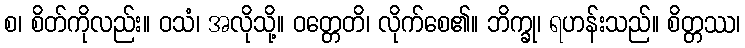
စ၊ စိတ်ကိုလည်း။ ဝသံ၊ အလိုသို့။ ဝတ္တေတိ၊ လိုက်စေ၏။ ဘိက္ခု၊ ရဟန်းသည်။ စိတ္တဿ၊